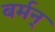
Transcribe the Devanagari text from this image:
बर्मन्